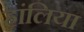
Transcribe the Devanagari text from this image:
हांलिया